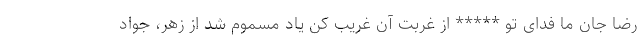
رضا جان ما فدای تو ***** از غربت آن غریب کن یاد مسموم شد از زهر، جواد